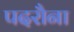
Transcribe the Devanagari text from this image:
पदरौना